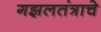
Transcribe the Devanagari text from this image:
गझलतंत्राचे